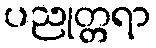
ပညုတ္တရာ